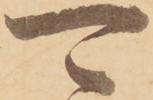
可